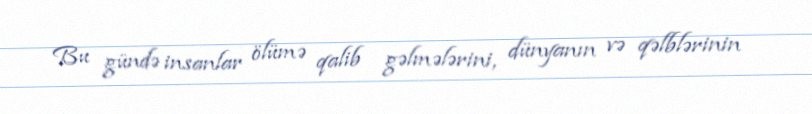
Bu gündə insanlar ölümə qalib gəlmələrini, dünyanın və qəlblərinin